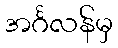
အင်္ဂလန်မှ